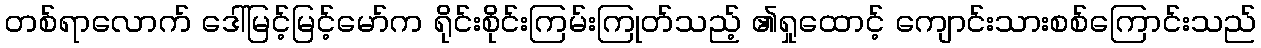
တစ်ရာလောက် ဒေါ်မြင့်မြင့်မော်က ရိုင်းစိုင်းကြမ်းကြုတ်သည့် ၏ရှုထောင့် ကျောင်းသားစစ်ကြောင်းသည်